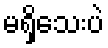
မရှိသေးပဲ